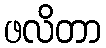
ဖလိတာ